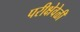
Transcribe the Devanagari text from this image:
परीक्षेवेळी